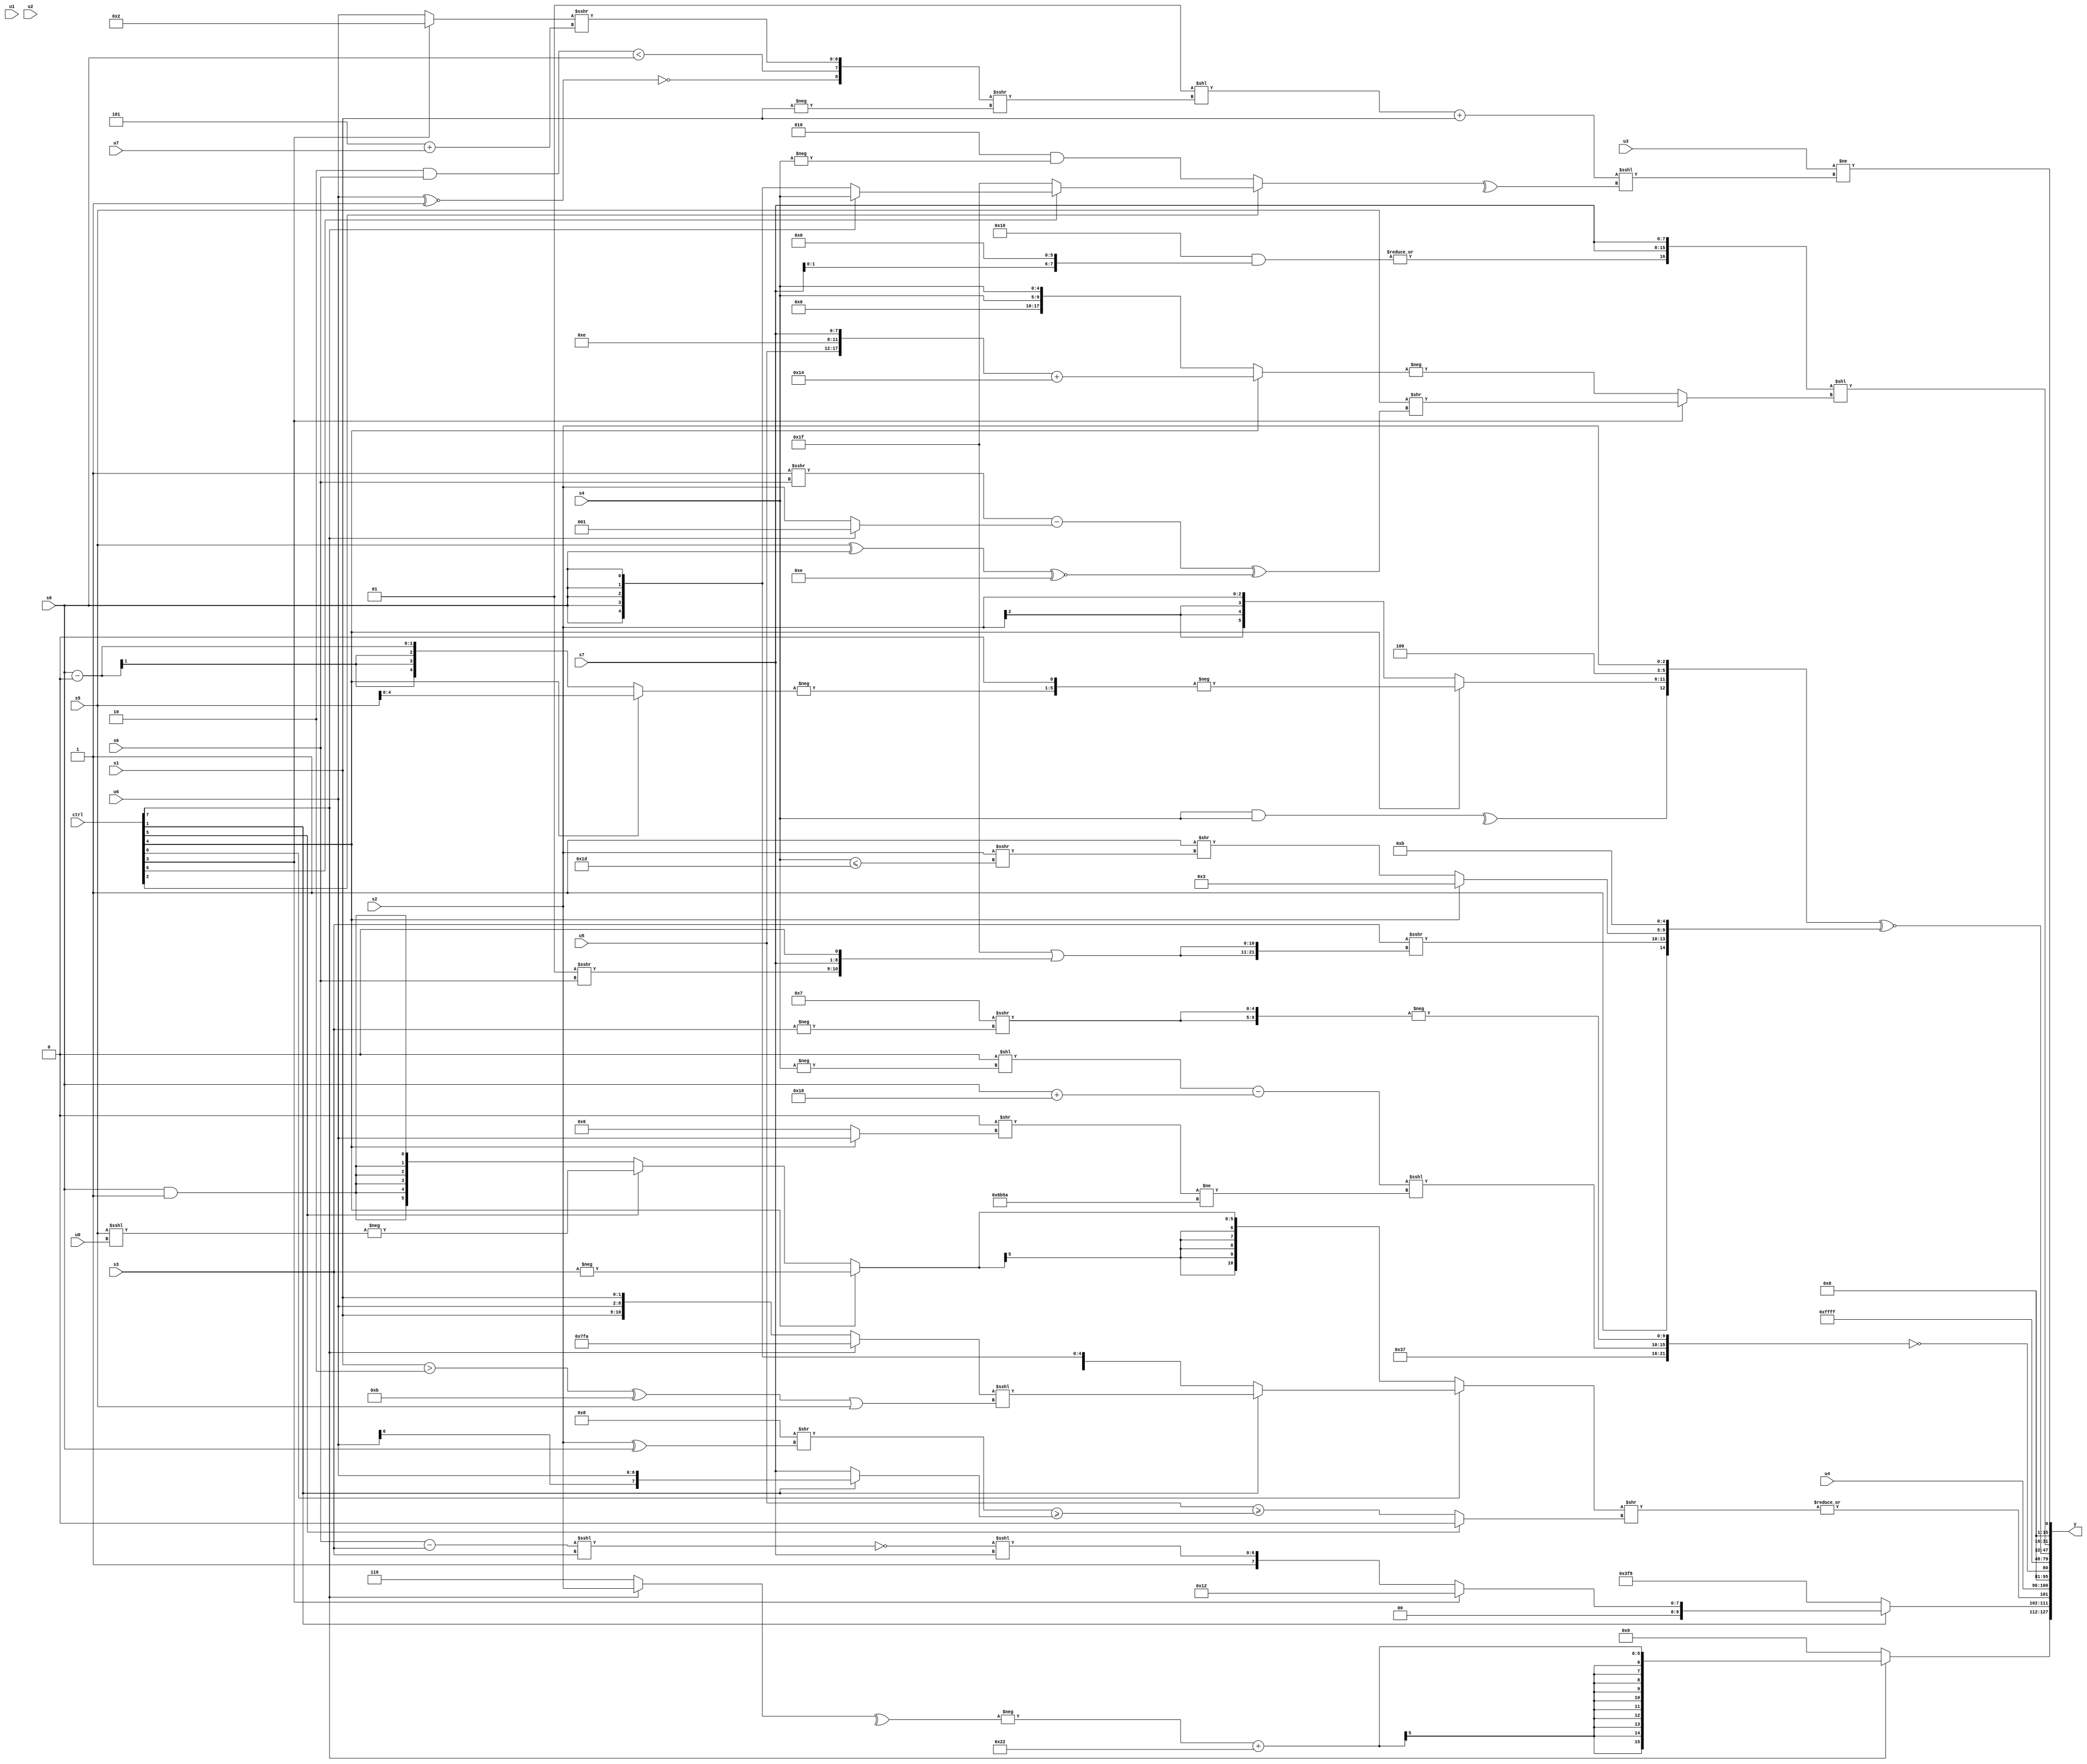
module wideexpr_00972(ctrl, u0, u1, u2, u3, u4, u5, u6, u7, s0, s1, s2, s3, s4, s5, s6, s7, y);
  input [7:0] ctrl;
  input [0:0] u0;
  input [1:0] u1;
  input [2:0] u2;
  input [3:0] u3;
  input [4:0] u4;
  input [5:0] u5;
  input [6:0] u6;
  input [7:0] u7;
  input signed [0:0] s0;
  input signed [1:0] s1;
  input signed [2:0] s2;
  input signed [3:0] s3;
  input signed [4:0] s4;
  input signed [5:0] s5;
  input signed [6:0] s6;
  input signed [7:0] s7;
  output [127:0] y;
  wire [15:0] y0;
  wire [15:0] y1;
  wire [15:0] y2;
  wire [15:0] y3;
  wire [15:0] y4;
  wire [15:0] y5;
  wire [15:0] y6;
  wire [15:0] y7;
  assign y = {y0,y1,y2,y3,y4,y5,y6,y7};
  assign y0 = (ctrl[7]?$signed((-(^((ctrl[7]?s2:3'sb110))))+(6'sb100010)):5'sb01001);
  assign y1 = {{(((6'sb110101)-(s4))<<(+((ctrl[0]?!($signed((ctrl[7]?5'sb00011:s7))):5'sb01010))))>>((ctrl[6]?{1{(-(-((u5)<<<(4'b1000))))|($signed(2'sb01))}}:(((+((1'b0)|(1'sb0)))!=(-($signed(5'sb11011))))&((((u0)!=(6'b000001))<=((ctrl[5]?s0:s0)))>>($unsigned((2'sb00)|(2'sb10)))))<=((4'sb1100)!=((ctrl[2]?((s6)>>(s0))-(~&(4'sb0011)):(s2)<<<(4'b1000)))))),$signed(($signed((3'b110)<<<(u3)))>>(5'sb01000)),(ctrl[1]?(ctrl[3]?5'sb10010:{$signed({s7,(+(u7))>>($signed(1'sb0)),5'sb01010}),((1'sb0)<<<(-(-(3'sb101))))-(s5),5'sb11001,(~(((s6)-(s3))<<<(s3)))<<<(s7)}):~(3'sb111))},|(((ctrl[0]?(ctrl[1]?((ctrl[7]?$signed(+(5'sb11010)):$signed({s1,u6,s1})))<<<((((s1)>(2'b10))^(5'b01011))|(s5)):$signed(s0)):$signed((ctrl[4]?-($signed(s3)):(ctrl[5]?-((s5)<<<(u0)):(+(s0))&((2'sb00)|(1'sb1)))))))>>((ctrl[5]?1'sb0:$signed((u5)>=((($signed(4'sb1000))>>((s2)^(s0)))>=((ctrl[1]?$signed(u6):s7))))))),u4};
  assign y2 = !({5'sb11011,1'b1,+((((!(6'sb000011))<<(-(s4)))-({1{(s0)+(6'sb011000)}}))<<<(((3'sb000)>>((ctrl[4]?u6:3'sb110)))!=(({3{5'sb11010}})<<<((2'b11)<(2'b10))))),-($signed({2{(5'sb00111)>>>(-(s3))}}))});
  assign y3 = (4'sb1111)<<<(6'b100100);
  assign y4 = 1'sb1;
  assign y5 = ({^((s4)&(s4)),(ctrl[4]?-((-((ctrl[4]?(ctrl[4]?s5:4'sb1111):(s0)-(3'sb000))))<<(~&(5'sb10110))):s2),3'sb100,s2})^~({-(!(1'b0)),{(s3)>>>({2{(5'b11111)|({(2'sb01)>>>(s6),s7,(1'sb0)>>(4'sb0011)})}}),$signed((ctrl[4]?(3'sb011)^~(3'sb111):(5'sb11111)>>((s2)>>>((s4)<=(5'b11101)))))},(5'sb01011)<<(($signed(1'sb0))^(3'sb000))});
  assign y6 = +(({$unsigned(|(($signed(6'b010000))&((s7)<<<(4'sb0110)))),s7,s7})<<((ctrl[3]?(s5)>>((((4'sb1111)>>>(s6))-((ctrl[7]?3'sb001:s2)))^(((s5)^(s0))^~((3'sb000)|(6'sb001110)))):-((ctrl[4]?({u5,2'sb11,2'sb10,s7})+(5'sb10100):{2{$signed(s4)}})))));
  assign y7 = {($signed($unsigned(u3)))!=((((5'sb00001)<<(({!((u6)^~(1'b1)),((2'sb10)&(s6))<(+(s0)),((ctrl[3]?3'sb010:u6))>>>((6'sb000101)+(u7))})>>>($signed(-(s1)))))+($signed(s1)))<<<(-(^(+((ctrl[2]?(ctrl[6]?(ctrl[7]?s4:s0):1'sb1):(3'sb010)&(-(s4))))))))};
endmodule